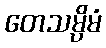
တေသမ္ပိမံ